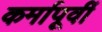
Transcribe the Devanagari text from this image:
कर्मापूर्वी